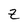
Character: z